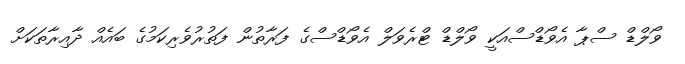
ވޯލްޑް ސްޕާ އެވޯޑްސްއަކީ ވޯލްޑް ޓްރެވަލް އެވޯޑްސްގެ ފަރާތުން ފަތުރުވެރިކަމުގެ ބައެއް ދާއިރާތަކަށް